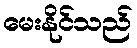
မေးနိုင်သည်